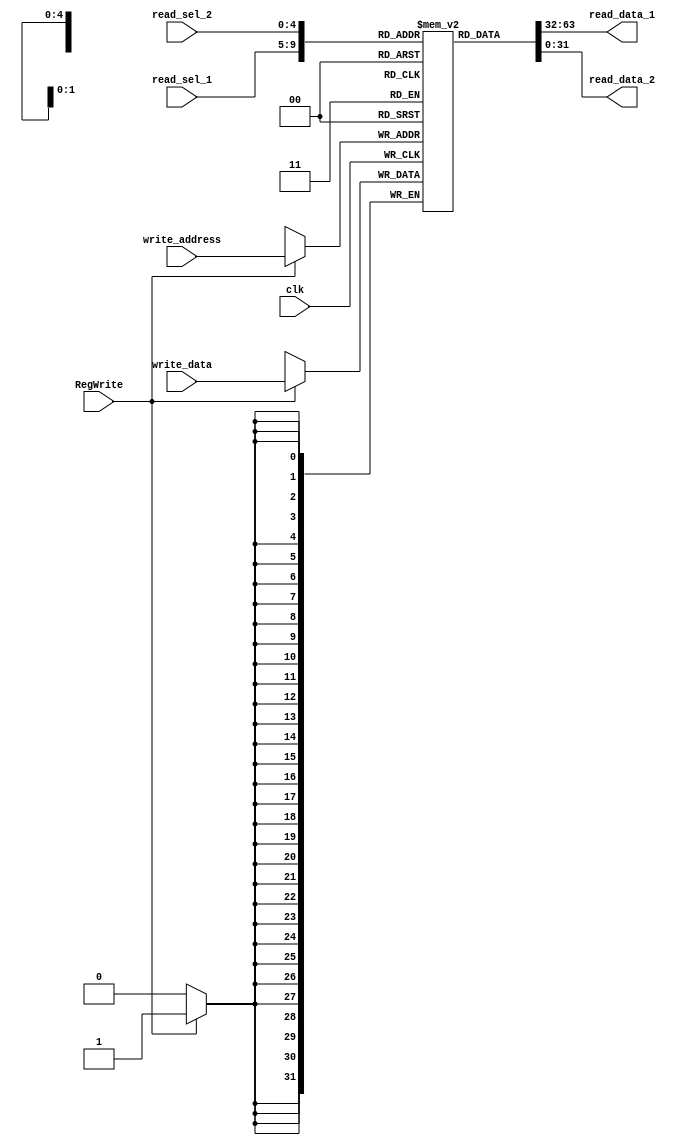
`timescale 1ns / 1ps
//////////////////////////////////////////////////////////////////////////////////
// Company: 
// Engineer: 
// 
// Design Name: 
// Module Name: regfile
// Project Name: 
// Target Devices: 
// Tool Versions: 
// Description: 
// 
// Dependencies: 
// 
// Revision:
// Revision 0.01 - File Created
// Additional Comments:
// 
//////////////////////////////////////////////////////////////////////////////////


module regfile(write_data,
                          read_data_1, read_data_2,
                          read_sel_1, read_sel_2,
                          write_address, RegWrite, clk
    );

    parameter data_width = 32;
    parameter select_width = 5;

    input clk, RegWrite;
    input [data_width-1:0] write_data;
    input [select_width-1:0] read_sel_1, read_sel_2, write_address;
    output [data_width-1:0] read_data_1, read_data_2;

    reg [data_width-1:0] register_file [0:data_width-1];

    assign read_data_1 = register_file[read_sel_1];
    assign read_data_2 = register_file[read_sel_2];

    always @( posedge clk ) begin
        if (RegWrite) begin
            register_file[write_address] <= write_data;
        end
    end
    



endmodule